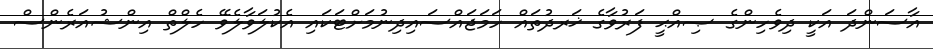
އާސަންދަ އަކީ ދިވެހިންގެ ޞިއްޙީ ފަރުވާގެ ޚަރދުތައް ހަމަޖައްސައިދިނުމަށްޓަކައި އެކުލަވާލެވޭ ހެލްތް އިންޝުއަރެންސް